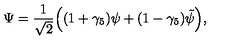
\Psi = \frac { 1 } { \sqrt { 2 } } \Big ( ( 1 + \gamma _ { 5 } ) \psi + ( 1 - \gamma _ { 5 } ) \tilde { \psi } \Big ) ,